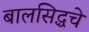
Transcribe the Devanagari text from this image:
बालसिद्धचे